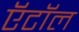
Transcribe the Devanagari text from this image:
ऍटॉल